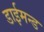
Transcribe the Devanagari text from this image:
डाईमन्ड